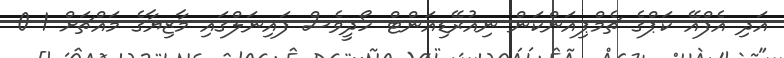
އަދި އެފްއޭ ކަޕްގެ ޗެމްޕިއަންކަން ނިއުރޭޑިއަންޓް ހޯދީވެސް ފައިނަލްގައި މާޒިޔާގެ މައްޗަށް 1-0